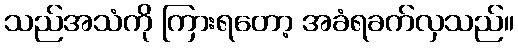
သည်အသံကို ကြားရတော့ အခံရခက်လှသည်။